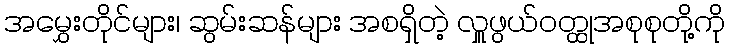
အမွှေးတိုင်များ၊ ဆွမ်းဆန်များ အစရှိတဲ့ လှူဖွယ်ဝတ္ထုအစုစုတို့ကို